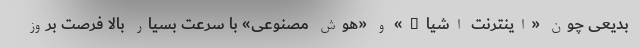
بدیعی چون «اینترنت اشیاء» و «هوش مصنوعی» با سرعت بسیار بالا فرصت بروز